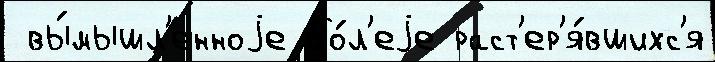
 вы́мышл'енноjе бо́л'еjе раст'ер'я́вшихс'я